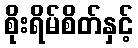
စိုးရိမ်စိတ်နှင့်